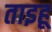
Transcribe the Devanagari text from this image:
ताइहू